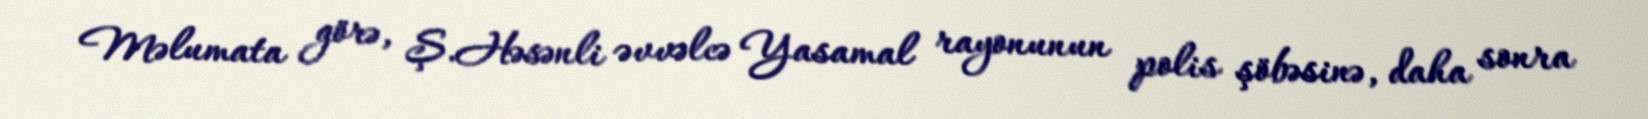
Məlumata görə, Ş.Həsənli əvvəlcə Yasamal rayonunun polis şöbəsinə, daha sonra